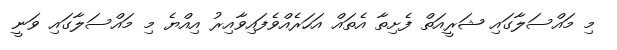
މި މައްސަލާގައި ޝަރީއަތް ފެށިތާ އެތައް އަހަރެއްވެފައިވާއިރު އިއްޔެ މި މައްސަލާގައި ވަނީ